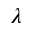
\lambda